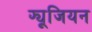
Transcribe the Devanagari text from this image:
फ्यूजियन